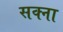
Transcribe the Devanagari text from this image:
सक्ना